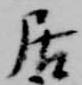
居